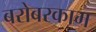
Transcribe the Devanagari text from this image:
बरोबरकाम